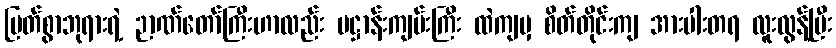
မြတ်စွာဘုရားရဲ့ ဉာဏ်တော်ကြီးဟာလည်း ပဋ္ဌာန်းကျမ်းကြီး ထဲကျမှ စိတ်တိုင်းကျ အားပါးတရ လူးလွန့်ပြီး